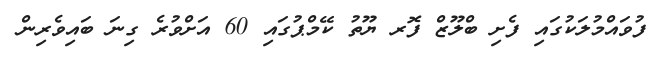
ފުވައްމުލަކުގައި ފެށި ބްލޫޒް ފޮރ ޔޫތު ކޭމްޕުގައި 60 އަށްވުރެ ގިނަ ބައިވެރިން